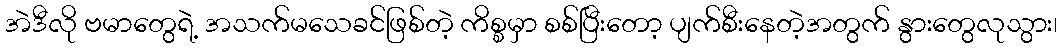
အဲဒီလို ဗမာတွေရဲ့ အသက်မသေခင်ဖြစ်တဲ့ ကိစ္စမှာ စစ်ပြီးတော့ ပျက်စီးနေတဲ့အတွက် နွားတွေလုသွား၊